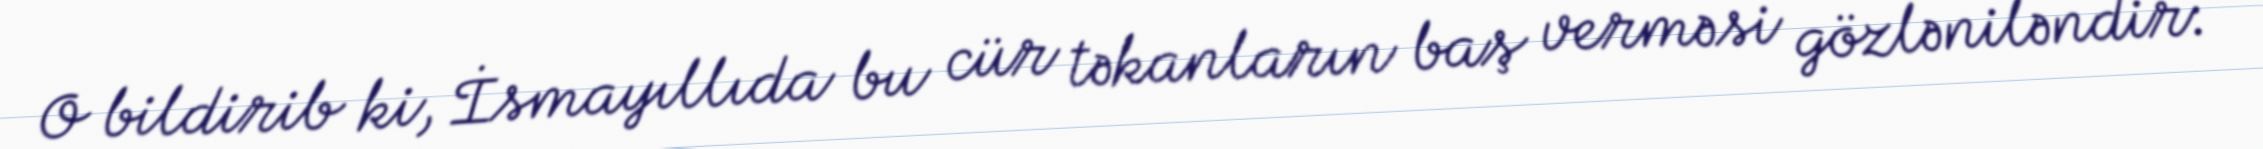
O bildirib ki, İsmayıllıda bu cür təkanların baş verməsi gözləniləndir: